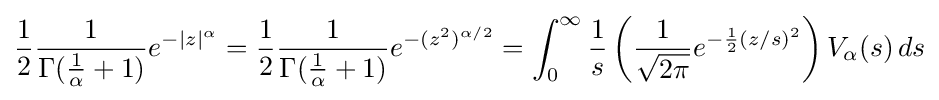
{\frac {1}{2}}{\frac {1}{\Gamma ({\frac {1}{\alpha }}+1)}}e^{-|z|^{\alpha }}={\frac {1}{2}}{\frac {1}{\Gamma ({\frac {1}{\alpha }}+1)}}e^{-(z^{2})^{\alpha /2}}=\int _{0}^{\infty }{\frac {1}{s}}\left({\frac {1}{\sqrt {2\pi }}}e^{-{\frac {1}{2}}(z/s)^{2}}\right)V_{\alpha }(s)\,ds